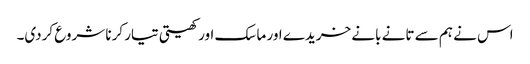
اس نے ہم سے تانے بانے خریدے اور ماسک اور کھیتی تیار کرنا شروع کردی۔